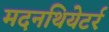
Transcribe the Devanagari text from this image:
मदनथियेटर्र